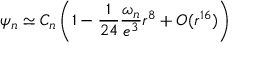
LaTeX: \psi _ { n } \simeq C _ { n } \left( 1 - \frac { 1 } { 2 4 } \frac { \omega _ { n } } { e ^ { 3 } } r ^ { 8 } + O ( r ^ { 1 6 } ) \right)